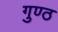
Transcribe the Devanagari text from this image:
गुण्ठ